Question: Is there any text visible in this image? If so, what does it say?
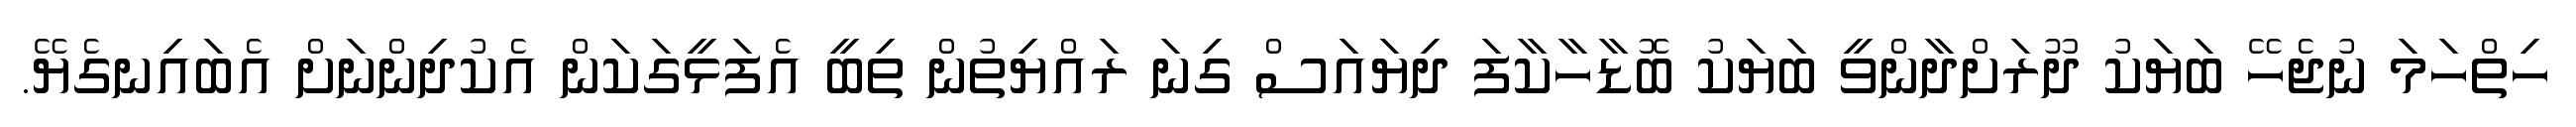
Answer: ހިތްހަމަ ނުޖެހޭ ބަޔަކު ދޫރަށްދާންވީ ބަޔަކު ބޮޑާހާކާފަ ދިޔައަސް ގިނަ ރައްޔިތުން ތިބީ އެފަޅީގަކަން އެކުދިންނަށް އެބައިނގެޔޭ.